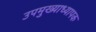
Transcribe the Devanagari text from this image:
उपमुख्याध्यापक